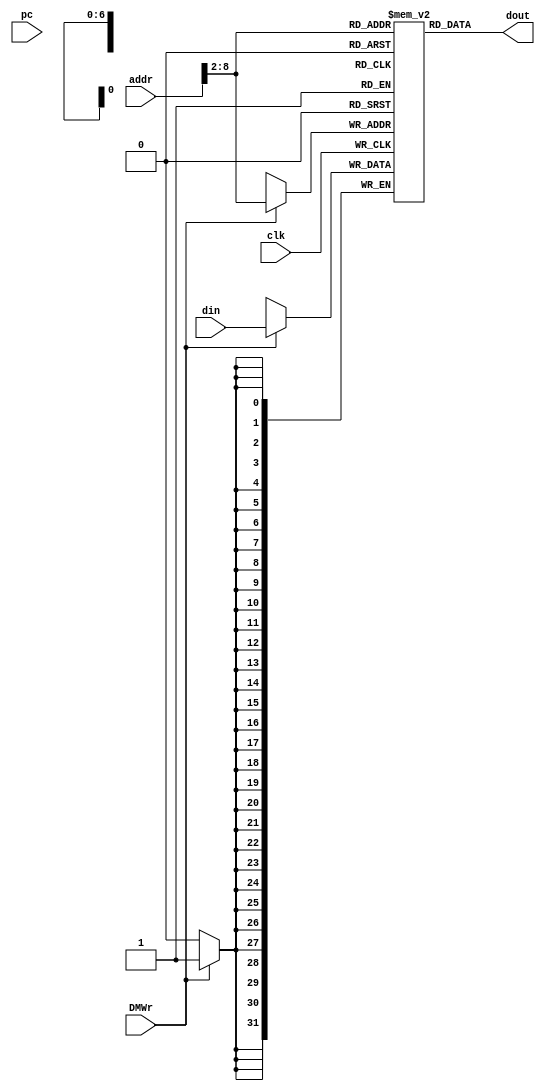
// Editor: SunAo
// LastEditTime: 2024/5/21

// clk: clock tick
// DMWr: write enable
// addr: address
// din: write data
// dout: read data
module dm(clk, DMWr, addr, din, dout, pc);
   input clk;
   input DMWr;
   input [31:0] addr;
   input [31:0] din;
   input [31:0] pc;
   output [31:0] dout;
     
   reg [31:0] dmem[127:0];
   
   always @(negedge clk)
      if (DMWr) begin
         dmem[addr[8:2]] <= din;
         // for test
         $display("pc = %h: dataaddr = %h, memdata = %h", pc, { addr [31:2], 2'b00 }, din);
      end
   
   assign dout = dmem[addr[8:2]];
    
endmodule